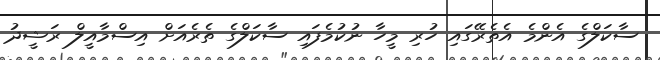
ސާކަލްގެ އެންމެ އެތެރޭގައި ހުރި މީހާ ނުކުމެފައި ސާކަލްގެ ތެރެއަށް އިސްމާއީލް ރަޝީދު